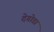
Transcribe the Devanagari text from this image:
देगोडा